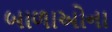
બાળાઓના